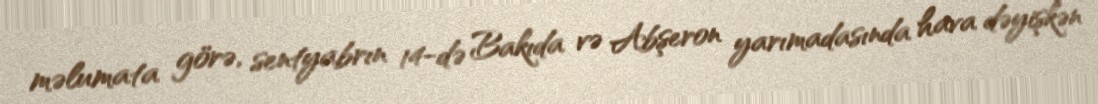
məlumata görə, sentyabrın 14-də Bakıda və Abşeron yarımadasında hava dəyişkən